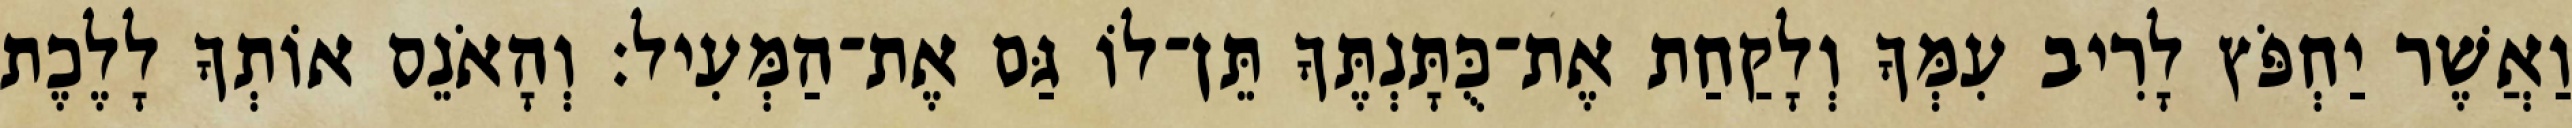
וַאֲשֶׁר יַחְפֹּץ לָרִיב עִמְּךָ וְלָקַחַת אֶת־כֻּתָּנְתֶּךָ תֵּן־לוֹ גַּם אֶת־הַמְּעִיל׃ וְהָאֹנֵס אוֹתְךָ לָלֶכֶת